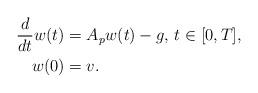
LaTeX: \begin{align*} \frac{d}{dt}w(t) &= A_p w(t) - g, \,t\in[0,T],\\ w(0) &= v. \end{align*}